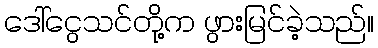
ဒေါ်ငွေသင်တို့က ဖွားမြင်ခဲ့သည်။